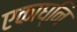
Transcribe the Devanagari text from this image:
एकाघ्नि